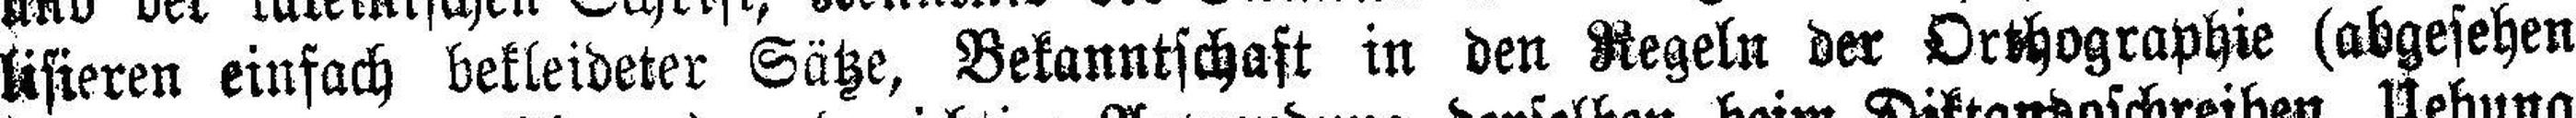
lisieren einfach bekleideter Sätze, Bekanntschaft in den Regeln der Orthographie (abgesehen